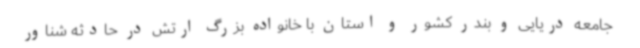
جامعه دریایی و بندر کشور و استان با خانواده بزرگ ارتش در حادثه شناور